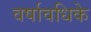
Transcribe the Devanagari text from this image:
वर्षावधिके